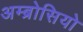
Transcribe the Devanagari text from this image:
अम्ब्रोसियो